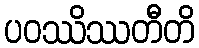
ပဝဿိဿတီတိ